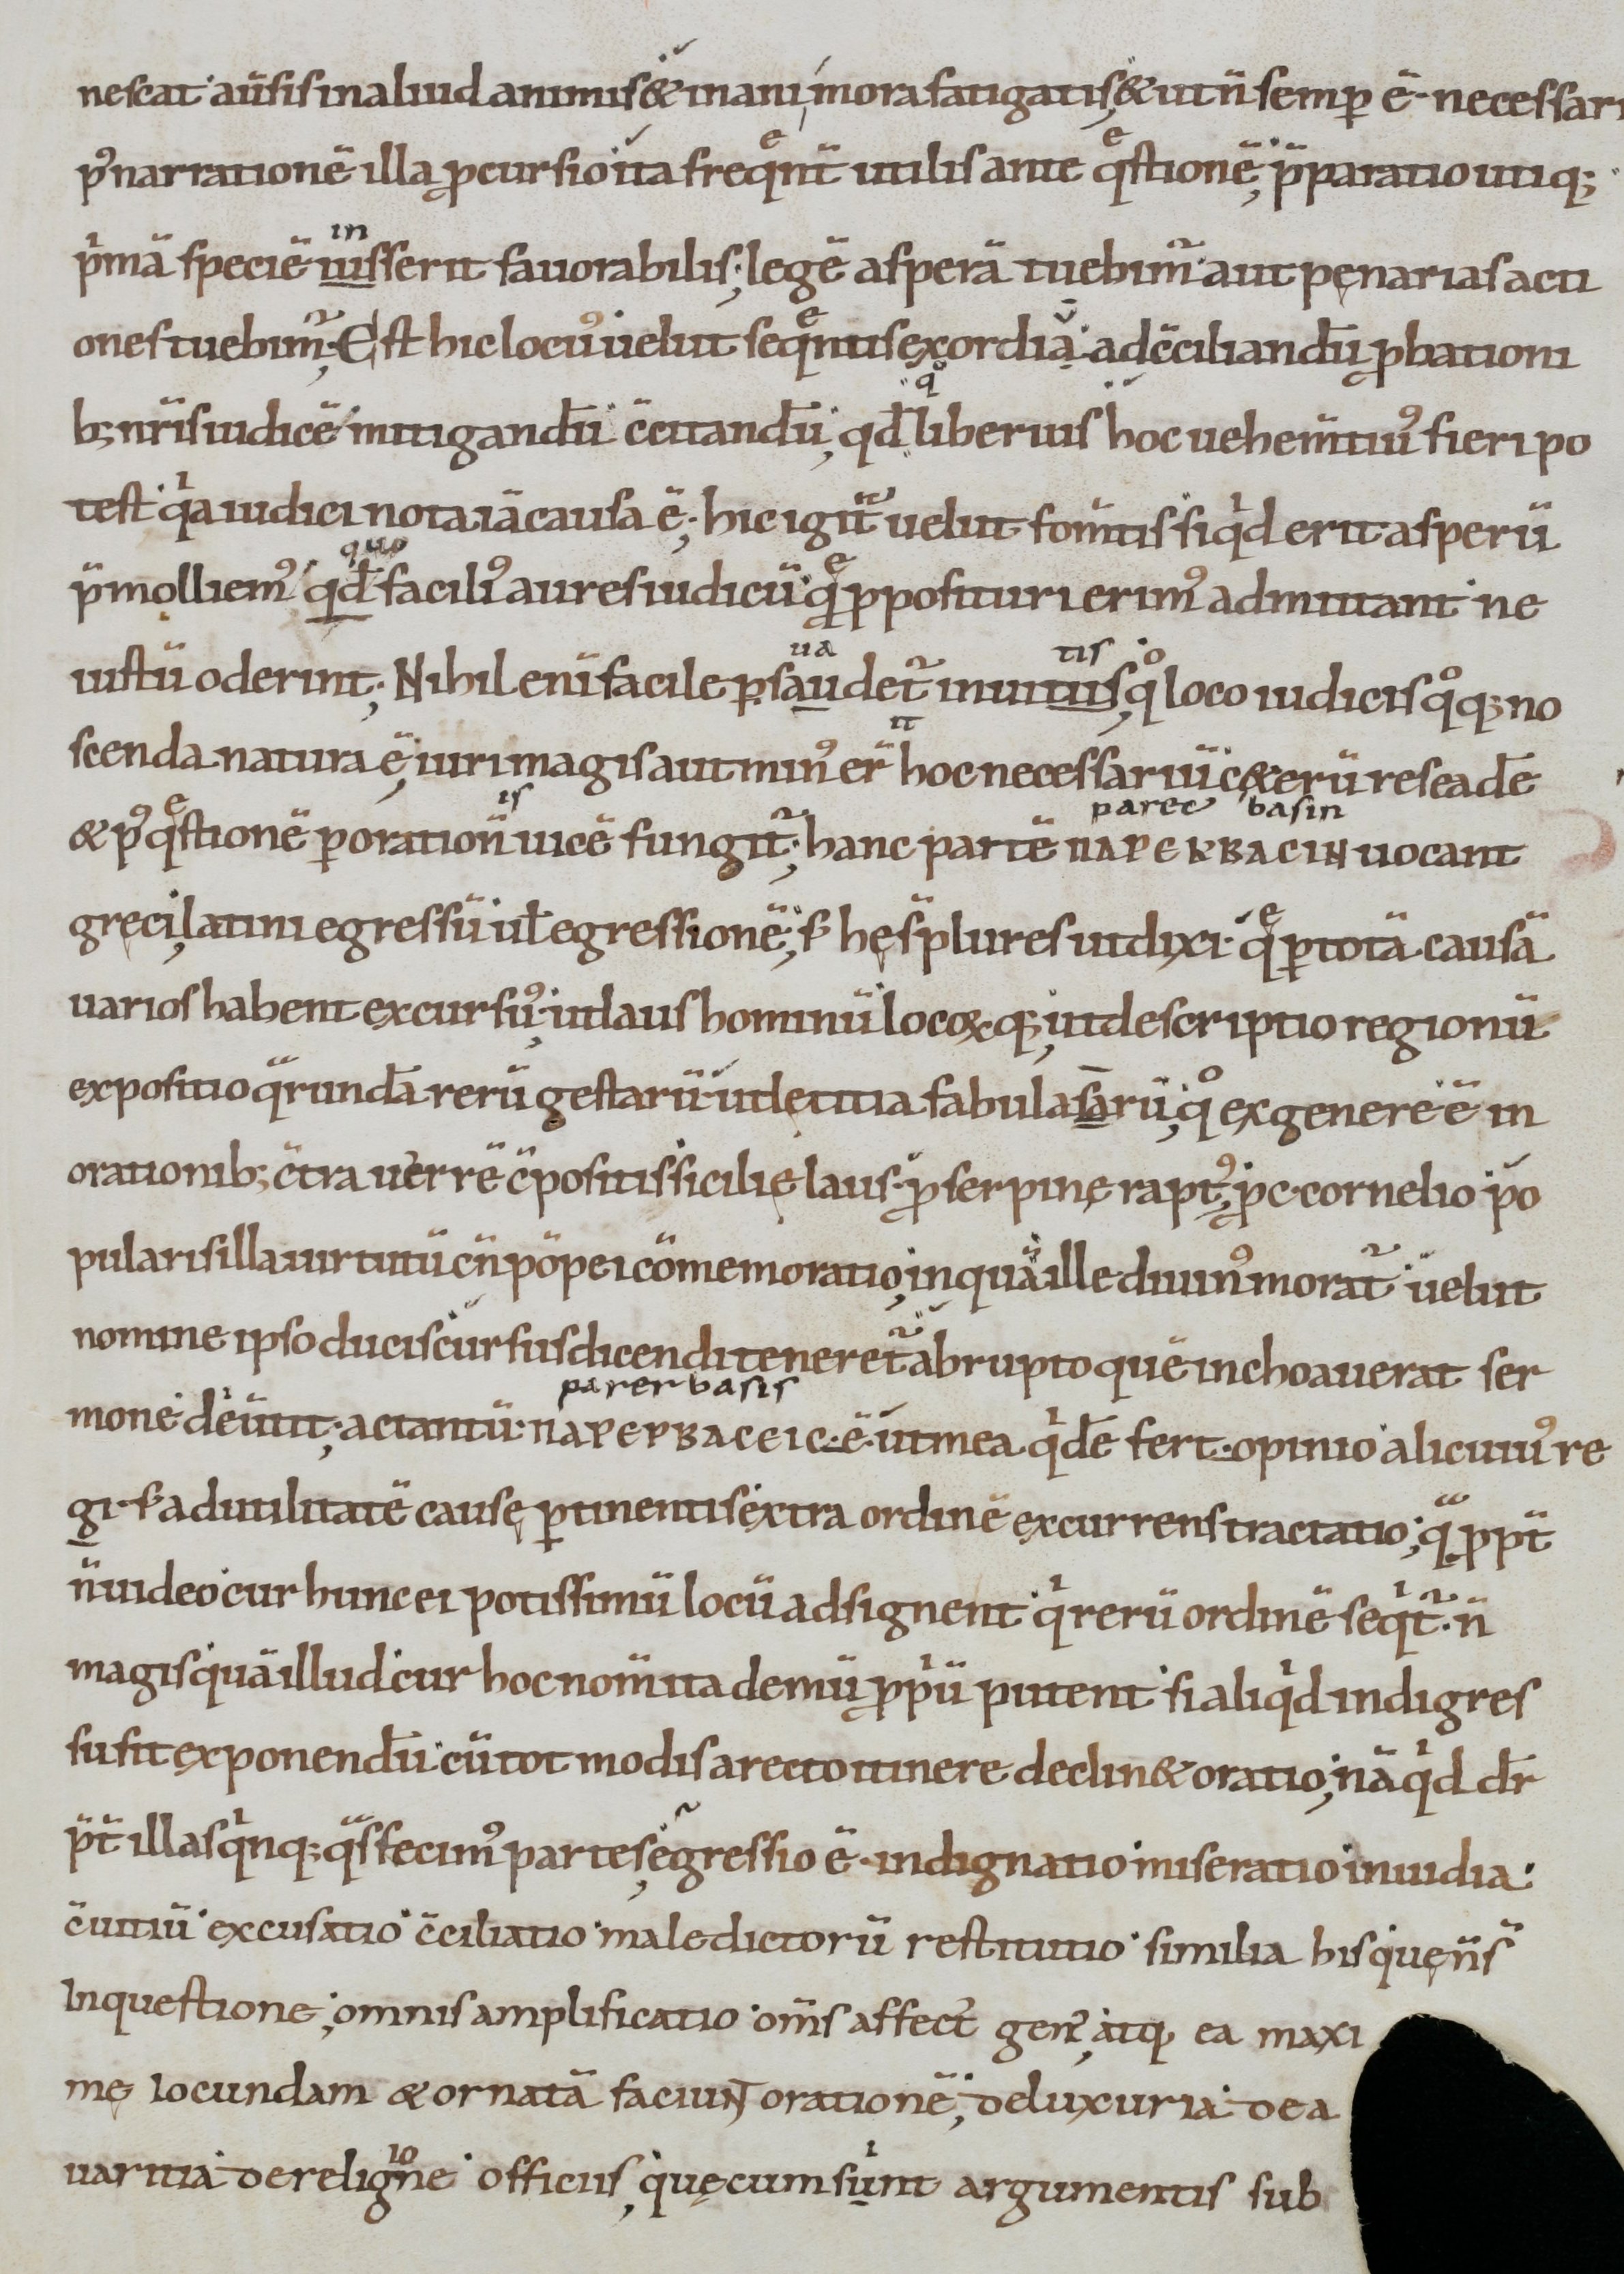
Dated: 900–1099